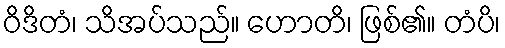
ဝိဒိတံ၊ သိအပ်သည်။ ဟောတိ၊ ဖြစ်၏။ တံပိ၊